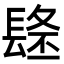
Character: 𨲐